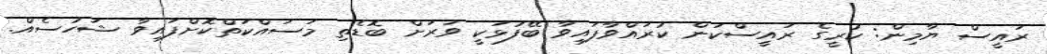
ރައީސް ޔާމިން: ކުރީގެ ރައީސްކަން ކުރައްވާފައިވާ ބޭފުޅަކީ ވަރަށް ބޮޑެތި މަސައްކަތްކޮށްފައިވާ ޝަހުސެއް.